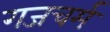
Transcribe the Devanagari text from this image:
गजचर्म